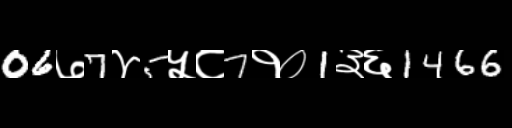
Text: 06७7४5५८7१०1३६1466